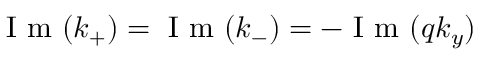
\mathrm { ~ I ~ m ~ } ( k _ { + } ) = \mathrm { ~ I ~ m ~ } ( k _ { - } ) = - \mathrm { ~ I ~ m ~ } ( q k _ { y } )